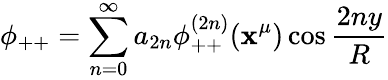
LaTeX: \phi_{++}=\sum_{n=0}^{\infty}a_{2n}\phi_{++}^{(2n)}(\mathbf{x}^{\mu})\cos\frac{{2ny}}{{R}}